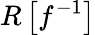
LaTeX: R\left[f^{-1}\right]